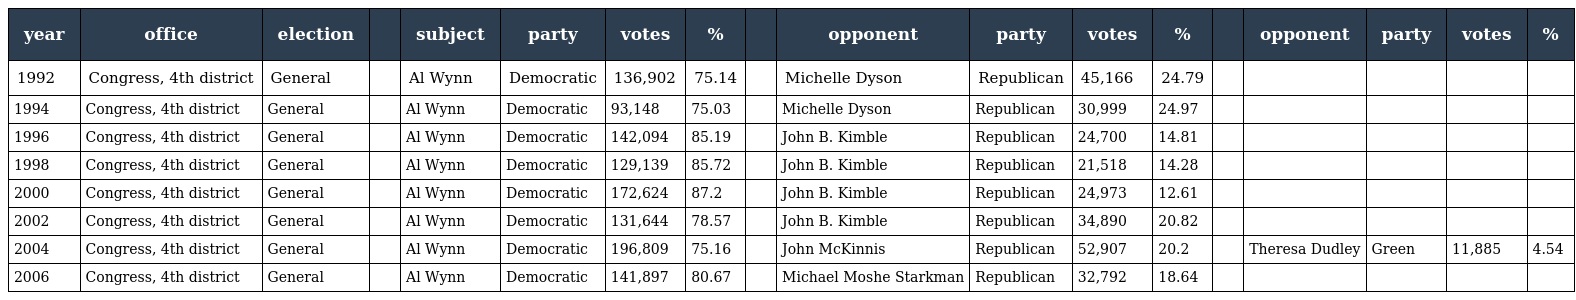
| year | office | election |  | subject | party | votes | % |  | opponent | party | votes | % |  | opponent | party | votes | % |
 | --- | --- | --- | --- | --- | --- | --- | --- | --- | --- | --- | --- | --- | --- | --- | --- | --- | --- |
 | 1992 | Congress, 4th district | General |  | Al Wynn | Democratic | 136,902 | 75.14 |  | Michelle Dyson | Republican | 45,166 | 24.79 |  |  |  |  |  |
 | 1994 | Congress, 4th district | General |  | Al Wynn | Democratic | 93,148 | 75.03 |  | Michelle Dyson | Republican | 30,999 | 24.97 |  |  |  |  |  |
 | 1996 | Congress, 4th district | General |  | Al Wynn | Democratic | 142,094 | 85.19 |  | John B. Kimble | Republican | 24,700 | 14.81 |  |  |  |  |  |
 | 1998 | Congress, 4th district | General |  | Al Wynn | Democratic | 129,139 | 85.72 |  | John B. Kimble | Republican | 21,518 | 14.28 |  |  |  |  |  |
 | 2000 | Congress, 4th district | General |  | Al Wynn | Democratic | 172,624 | 87.2 |  | John B. Kimble | Republican | 24,973 | 12.61 |  |  |  |  |  |
 | 2002 | Congress, 4th district | General |  | Al Wynn | Democratic | 131,644 | 78.57 |  | John B. Kimble | Republican | 34,890 | 20.82 |  |  |  |  |  |
 | 2004 | Congress, 4th district | General |  | Al Wynn | Democratic | 196,809 | 75.16 |  | John McKinnis | Republican | 52,907 | 20.2 |  | Theresa Dudley | Green | 11,885 | 4.54 |
 | 2006 | Congress, 4th district | General |  | Al Wynn | Democratic | 141,897 | 80.67 |  | Michael Moshe Starkman | Republican | 32,792 | 18.64 |  |  |  |  |  |